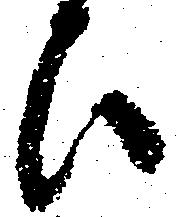
ひ